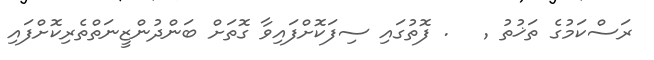
ރަސްކަމުގެ ތަޚުތު